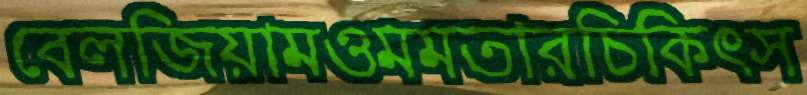
বেলজিয়ামওমমতারচিকিৎস